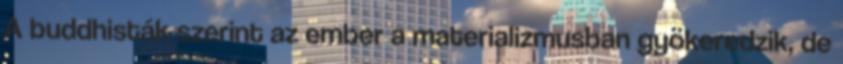
A buddhisták szerint az ember a materializmusban gyökeredzik, de